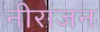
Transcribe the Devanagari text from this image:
नीरांजन